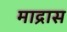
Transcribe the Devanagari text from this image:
माद्रास